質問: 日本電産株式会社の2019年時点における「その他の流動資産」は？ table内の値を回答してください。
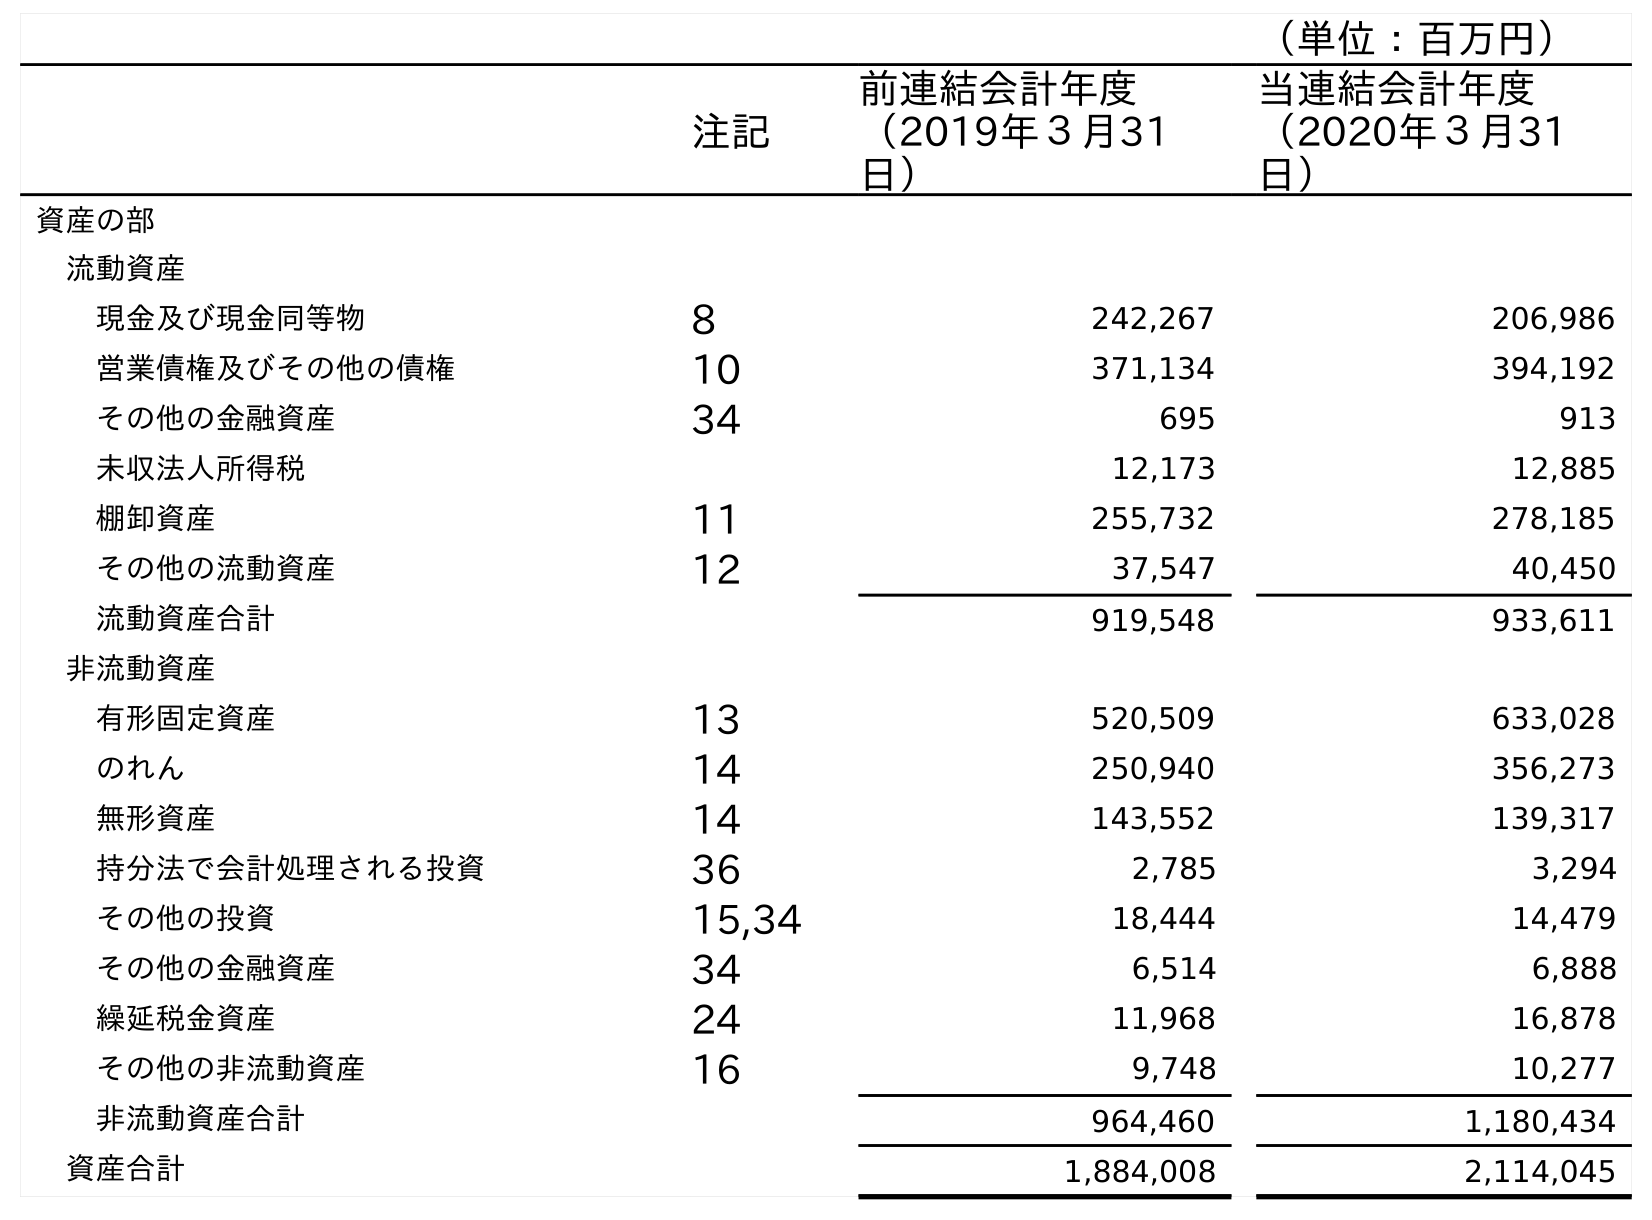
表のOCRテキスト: （単位：百万円） 注記 前連結会計年度 （2019年３月31 日） 当連結会計年度 （2020年３月31 日） 資産の部 流動資産 現金及び現金同等物 8 242,267 206,986 営業債権及びその他の債権 10 371,134 394,192 その他の金融資産 34 695 913 未収法人所得税 12,173 12,885 棚卸資産 11 255,732 278,185 その他の流動資産 12 37,547 40,450 流動資産合計 919,548 933,611 非流動資産 有形固定資産 13 520,509 633,028 のれん 14 250,940 356,273 無形資産 14 143,552 139,317 持分法で会計処理される投資 36 2,785 3,294 その他の投資 15,34 18,444 14,479 その他の金融資産 34 6,514 6,888 繰延税金資産 24 11,968 16,878 その他の非流動資産 16 9,748 10,277 非流動資産合計 964,460 1,180,434 資産合計 1,884,008 2,114,045
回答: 37,547